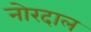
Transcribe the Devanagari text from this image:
नोरदाल